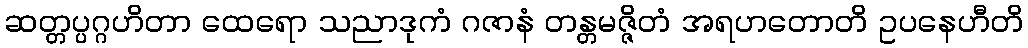
ဆတ္တပ္ပဂ္ဂဟိတာ ထေရော သညာဒုကံ ဂဇာနံ တန္တမဇ္ဇိတံ အရဟတောတိ ဥပနေဟီတိ